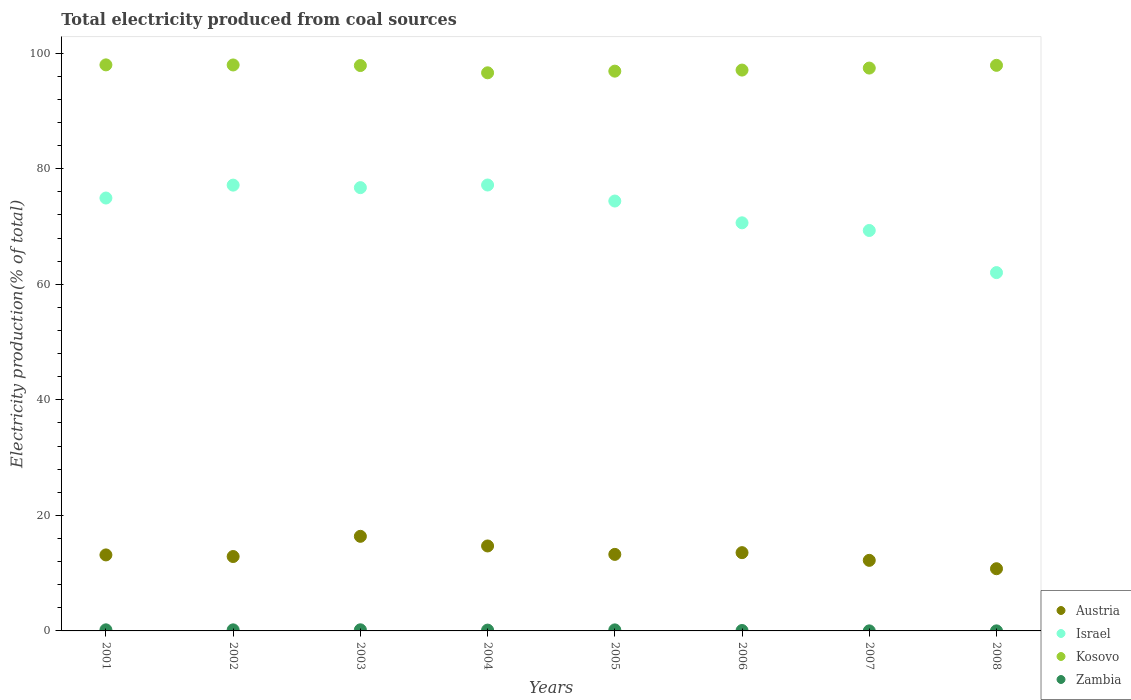
| Years | Austria | Israel | Kosovo | Zambia |
 | --- | --- | --- | --- | --- |
 | 2001 | 13.2 | 74.9 | 98 | 0.189 |
 | 2002 | 12.9 | 77.2 | 98 | 0.184 |
 | 2003 | 16.4 | 76.7 | 97.9 | 0.193 |
 | 2004 | 14.7 | 77.2 | 96.6 | 0.141 |
 | 2005 | 13.2 | 74.4 | 96.9 | 0.179 |
 | 2006 | 13.5 | 70.6 | 97.1 | 0.0708 |
 | 2007 | 12.2 | 69.3 | 97.4 | 0.0102 |
 | 2008 | 10.8 | 62 | 97.9 | 0.0103 |